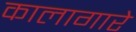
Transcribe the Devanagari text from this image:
कालागारे